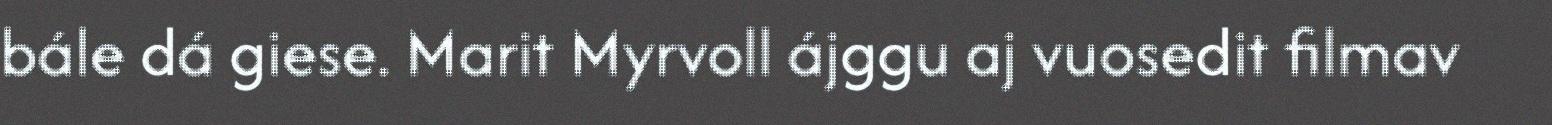
bále dá giese. Marit Myrvoll ájggu aj vuosedit filmav